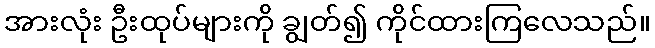
အားလုံး ဦးထုပ်များကို ချွတ်၍ ကိုင်ထားကြလေသည်။